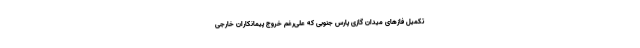
تکمیل فازهای میدان گازی پارس جنوبی که علی‌رغم خروج پیمانکاران خارجی